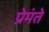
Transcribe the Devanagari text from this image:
प्रेमंते